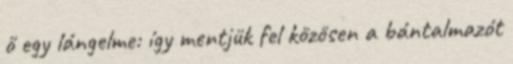
ő egy lángelme: így mentjük fel közösen a bántalmazót